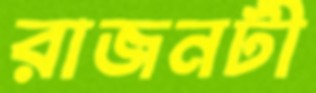
রাজনটী